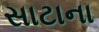
સાટાના